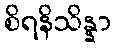
စိရနိသိန္နာ